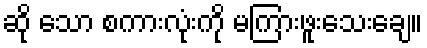
ဆို သော စကားလုံးကို မကြားဖူးသေးချေ။